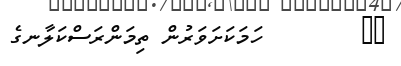
٧٨        ހަމަކަށަވަރުން ތިމަންރަސްކަލާނގެ